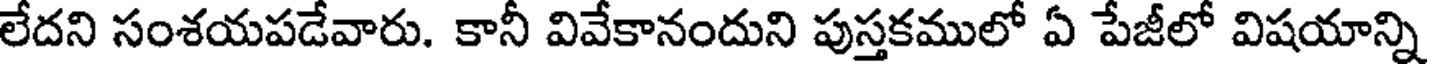
లేదని సంశయపడేవారు. కానీ వివేకానందుని పుస్తకములో ఏ పేజీలో విషయాన్ని